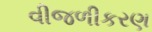
વીજળીકરણ